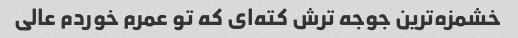
خشمزه‌ترین جوجه ترش کته‌ای که تو عمرم خوردم عالی